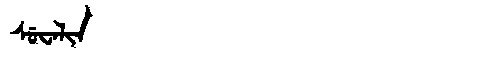
Manchu: ᠰᡠᠸᠠᠯᡳᠨ
Romanization: SUWALIN